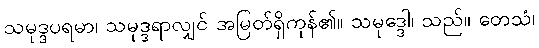
သမုဒ္ဒပရမာ၊ သမုဒ္ဒရာလျှင် အမြတ်ရှိကုန်၏။ သမုဒ္ဒေါ၊ သည်။ တေသံ၊